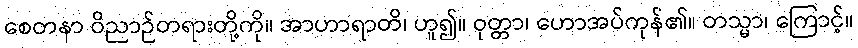
စေတနာ ဝိညာဉ်တရားတို့ကို။ အာဟာရာတိ၊ ဟူ၍။ ဝုတ္တာ၊ ဟောအပ်ကုန်၏။ တသ္မာ၊ ကြောင့်။